65_HS1-834228961_62-HQ-83894_Section_5
Agency: FBI
Page 189
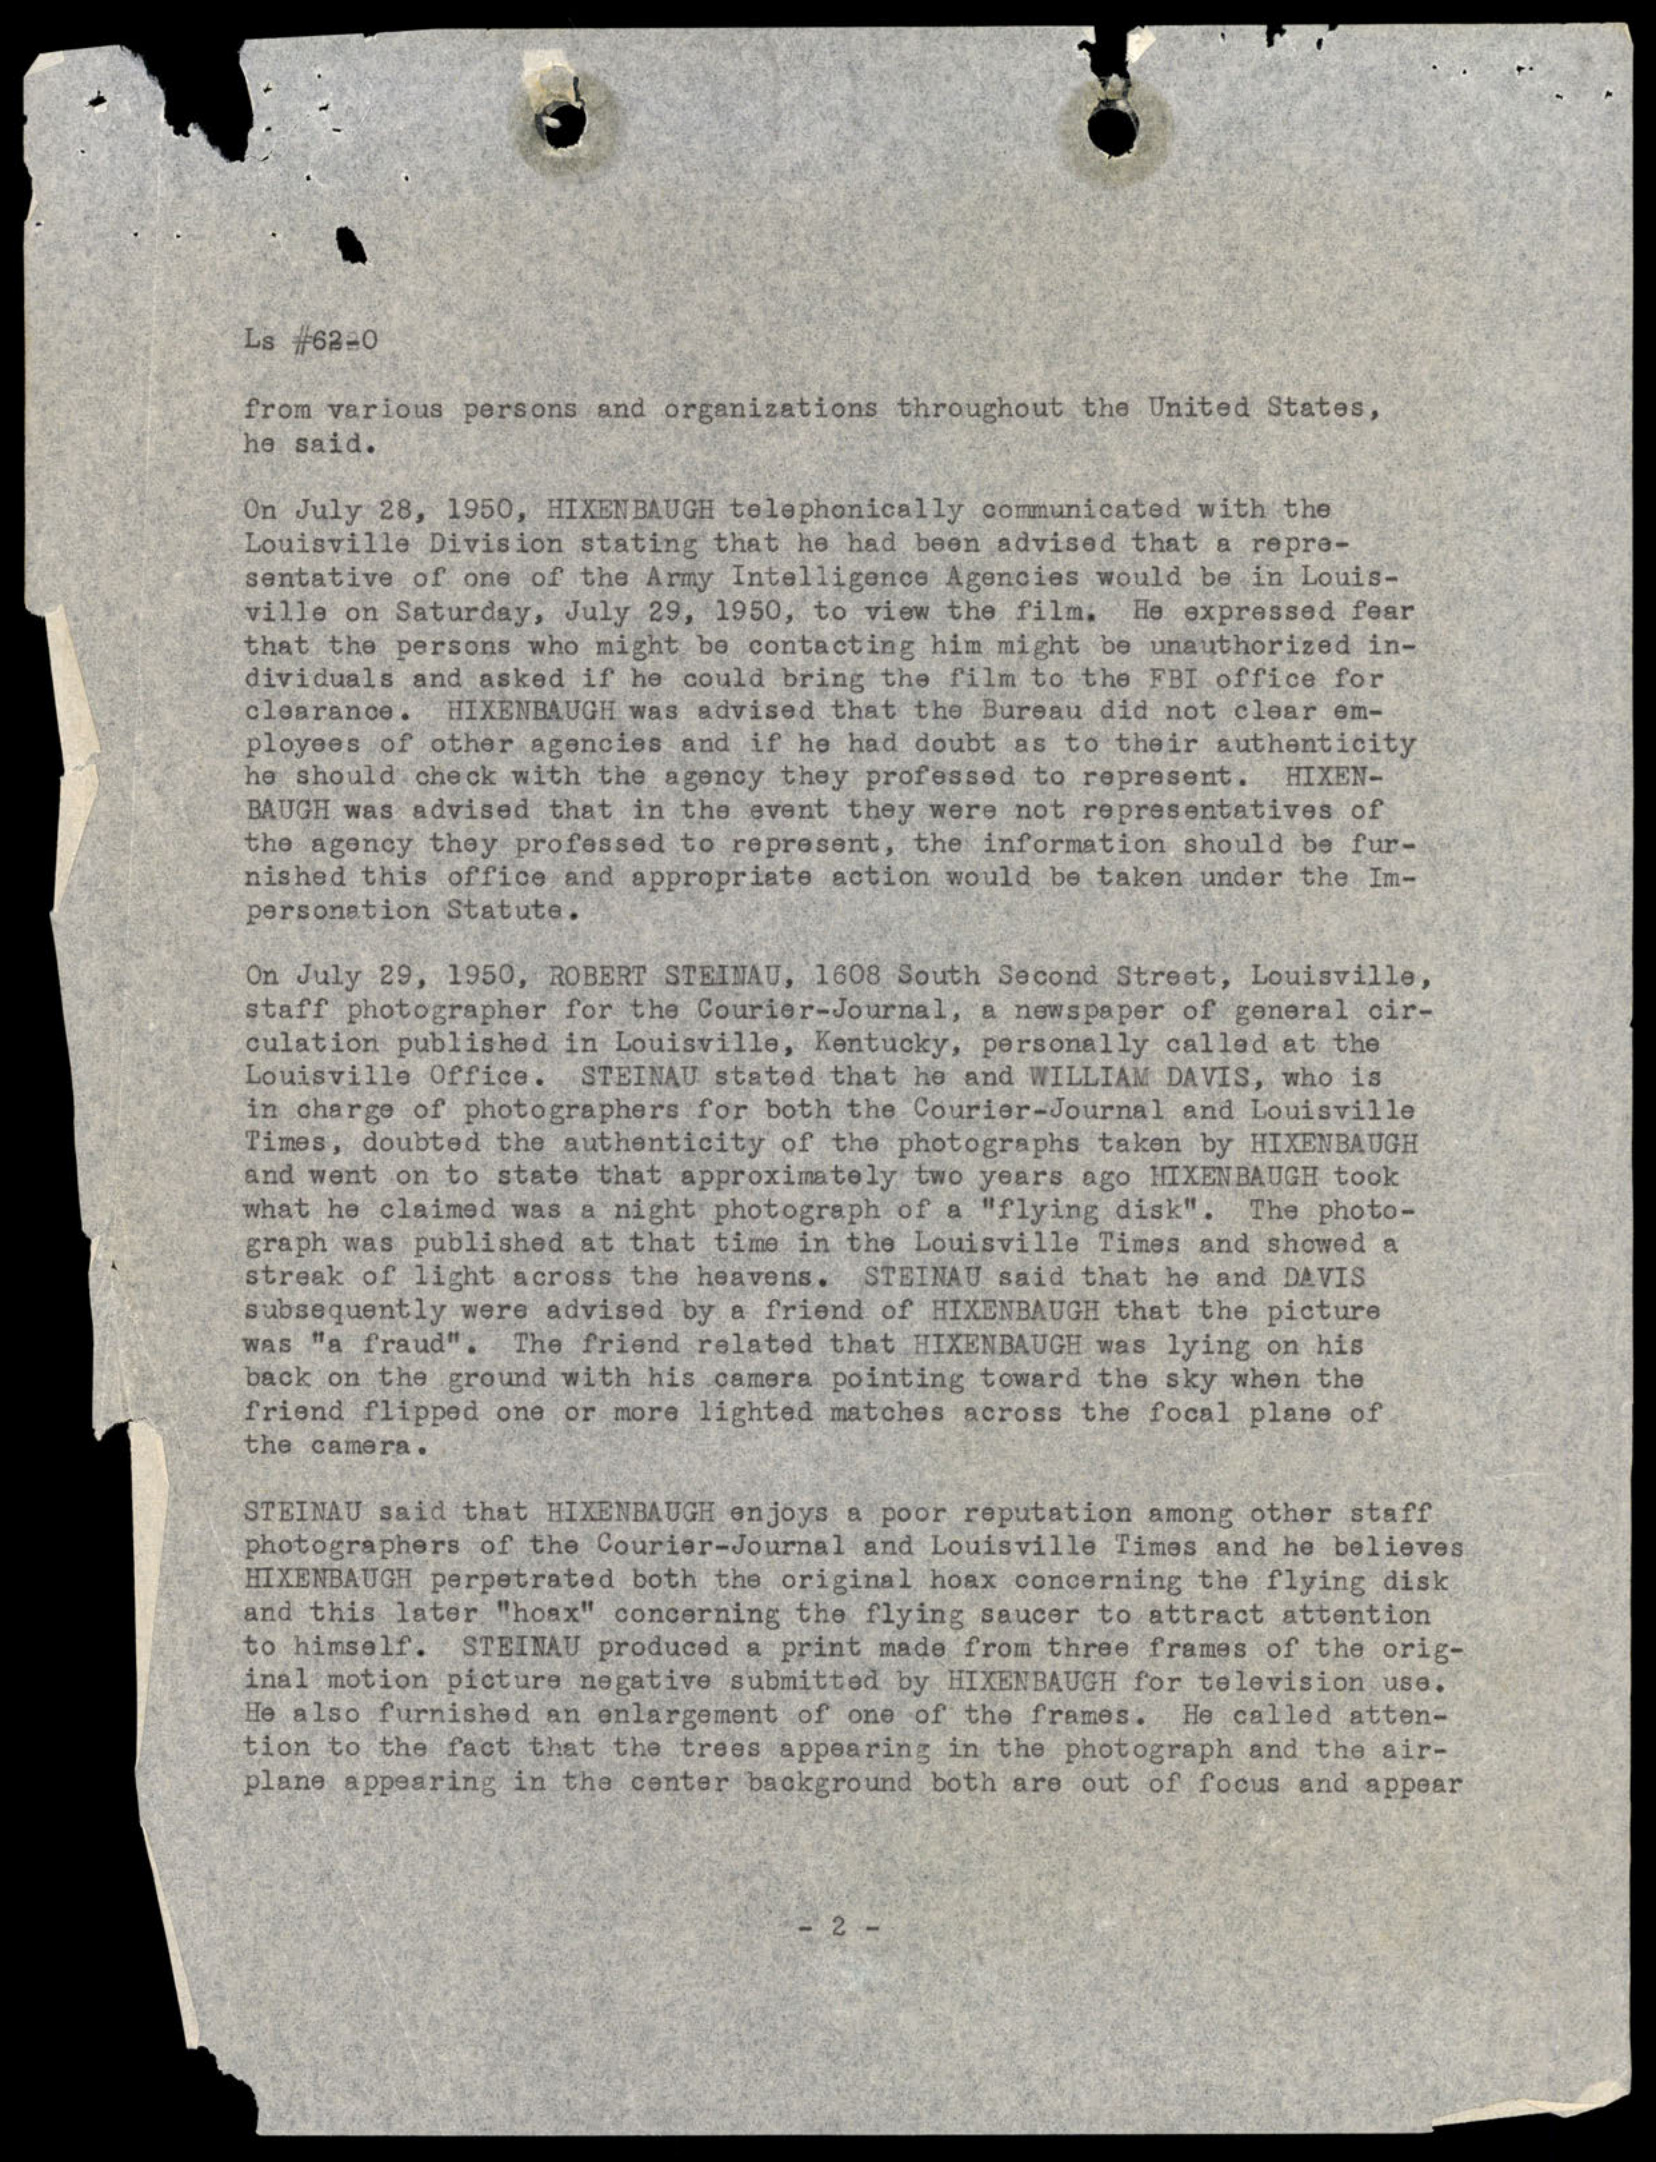